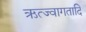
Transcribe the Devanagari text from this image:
ऋत्ज्वागतादि